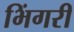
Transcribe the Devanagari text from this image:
भिंगरी